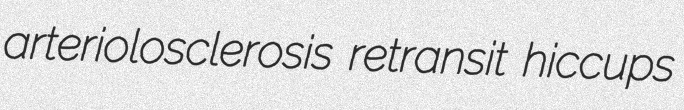
arteriolosclerosis retransit hiccups